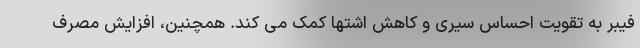
فیبر به تقویت احساس سیری و کاهش اشتها کمک می کند. همچنین، افزایش مصرف